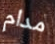
مدام